Medical and sanitary report of the native army of Madras for the year
Year: 1872
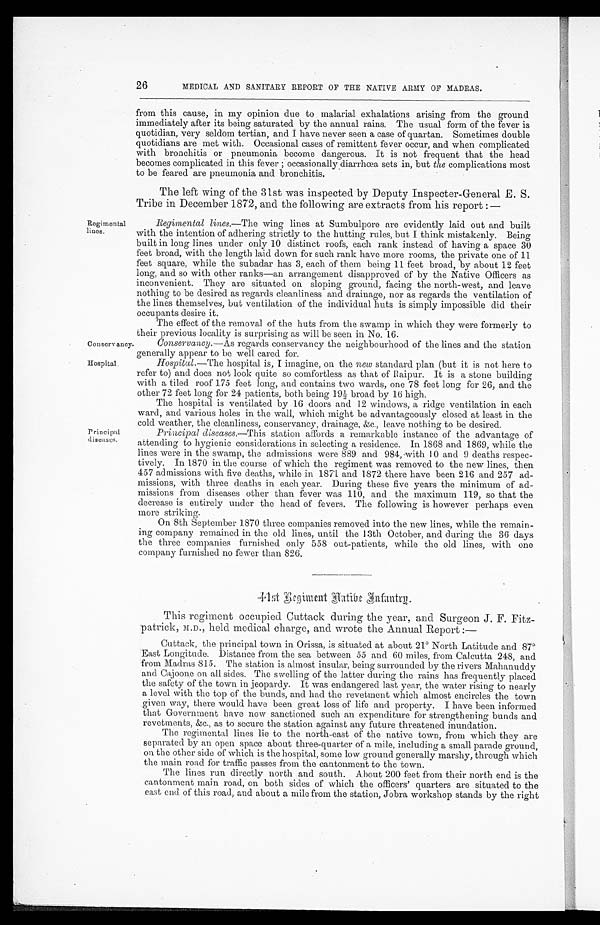
Conservancy.
Hospital.
26
Regimental
lines.
Principal
diseases.
MEDICAL AND SANITARY REPORT OF THE NATIVE ARMY OF MADRAS.
from this cause, in my opinion due to malarial exhalations arising from the ground
immediately after its being saturated by the annual rains. The usual form of the fever is
quotidian, very seldom tertian, and I have never seen a case of quartan. Sometimes double
quotidians are met with. Occasional cases of remittent fever occur, and when complicated
with bronchitis or pneumonia become dangerous. It is not frequent that the head
becomes complicated in this fever ; occasionally diarrhoea sets in, butt h e
c o m p l i c a t i o n s m o s t
to be feared are pneumonia and bronchitis.
The left wing of the 31st was inspected by Deputy Inspecter-General E. S.
Tribe in December 1872, and the following are extracts from his report:—
Regimental lines .—The wing lines at Sumbulpore are evidently laid out and built
with the intention of adhering strictly to the hutting rules, but I think mistakenly. Being
built in long lines under only 10 distinct roofs, each rank instead of having a space 30
feet broad, with the length laid down for such rank have more rooms, the private one of 11
feet square, while the subadar has 3, each of them being 11 feet broad, by about 12 feet
long, and so with other ranks—an arrangement disapproved of by the Native Officers as
inconvenient. They are situated on sloping ground, facing the north-west, and leave
nothing to be desired as regards cleanliness and drainage, nor as regards the ventilation of
the lines themselves, but ventilation of the individual huts is simply impossible did their
occupants desire it.
The effect of the removal of the huts from the swamp in which they were formerly to
their previous locality is surprising as will be seen in No. 16.
Conservancy. —As regards conservancy the neighbourhood of the lines and the station
generally appear to be well cared for.
Hospital. —The hospital is, I imagine, on the new standard plan (but it is not here to
refer to) and does not look quite so comfortless as that of Raipur. It is a stone building
with a tiled roof 175 feet long, and contains two wards, one 78 feet long for 26, and the
other 72 feet long for 24 patients, both being 19½ broad by 16 high.
The hospital is ventilated by 16 doors and 12 windows, a ridge ventilation in each
ward, and various holes in the wall, which might be advantageously closed at least in the
cold weather, the cleanliness, conservancy, drainage, &c., leave nothing to be desired.
Principal diseases.—This station affords a remarkable instance of the advantage of
attending to hygienic considerations in selecting a residence. In 1868 and 1869, while the
lines were in the swamp, the admissions were 889 and 984, with 10 and 9 deaths respec
-tively. In 1870 in the course of which the regiment was removed to the new lines, then
457 admissions with five deaths, while in 1871 and 1872 there have been 216 and 257 ad
-missions, with three deaths in each year. During these five years the minimum of ad
-missions from diseases other than fever was 110, and the maximum 119, so that the
decrease is entirely under the head of fevers. The following is however perhaps even
more striking.
On 8th September 1870 three companies removed into the new lines, while the remain
-
ing company remained in the old lines, until the 13th October, and during the 36 days
the three companies furnished only 558 out-patients, while the old lines, with one
company furnished no fewer than 826.
41st Begiment Aatibe Infantrg.
This regiment occupied Cuttack during the year, and Surgeon J. F. Fitz-
patrick, M.D., held medical charge, and wrote the Annual Report:
—
Cuttack, the principal town in Orissa, is situated at about 21° North Latitude and 87°E
ast Longitude. Distance from the sea between 55 and 60 miles, from Calcutta 248, and
from Madras 815. The station is almost insular, being surrounded by the rivers Mahanuddy
and Cajoone on all sides. The swelling of the latter during the rains has frequently placed
the safety of the town in jeopardy. It was endangered last year, the water rising to nearly
a level with the top of the bunds, and had the revetment which almost encircles the town
given way, there would have been great loss of life and property. I have been informed
that Government have now sanctioned such an expenditure for strengthening bunds and
revetments, &c., as to secure the station against any future threatened inundation.
The regimental lines lie to the north-east of the native town, from which they are
separated by an open space about three-quarter of a mile, including a small parade ground,
on the other side of which is the hospital, some low ground generally marshy, through which
the main road for traffic passes from the cantonment to the town.
The lines run directly north and south. About 200 feet from their north end is the
cantonment main road, on both sides of which the officers' quarters are situated to the
east end of this road, and about a mile from the station, Jobra workshop stands by the right